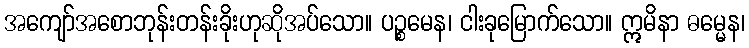
အကျော်အစောဘုန်းတန်းခိုးဟုဆိုအပ်သော။ ပဉ္စမေန၊ ငါးခုမြောက်သော။ ဣမိနာ ဓမ္မေန၊